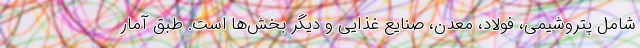
شامل پتروشیمی، فولاد، معدن، صنایع غذایی و دیگر بخش‌ها است. طبق آمار